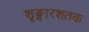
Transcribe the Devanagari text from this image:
शृङ्गारशतक